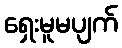
ရှေးမူမပျက်